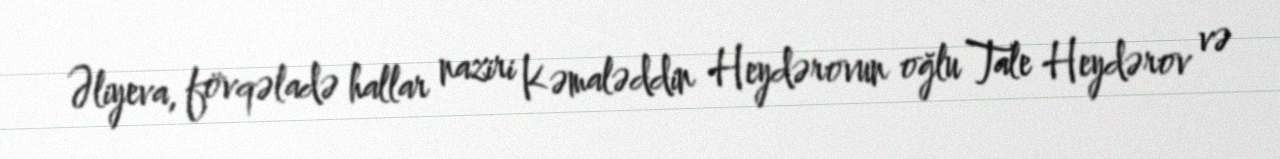
Əliyeva, fövqəladə hallar naziri Kəmaləddin Heydərovun oğlu Tale Heydərov və